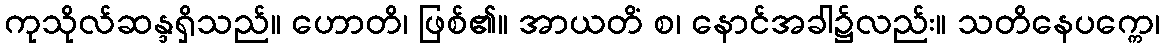
ကုသိုလ်ဆန္ဒရှိသည်။ ဟောတိ၊ ဖြစ်၏။ အာယတိံ စ၊ နောင်အခါ၌လည်း။ သတိနေပက္ကေ၊